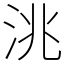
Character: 洮